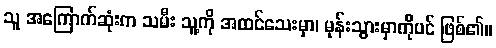
သူ အကြောက်ဆုံးက သမီး သူ့ကို အထင်သေးမှာ၊ မုန်းသွားမှာကိုပင် ဖြစ်၏။